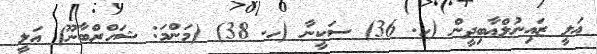
ޢަލީ ޒައިނުލްޢާބިދީން (ހ. 36) ސަކީނާ (ހ. 38) (މަންމަ: ޝަހްރްބާނޫ) ޢަލީ